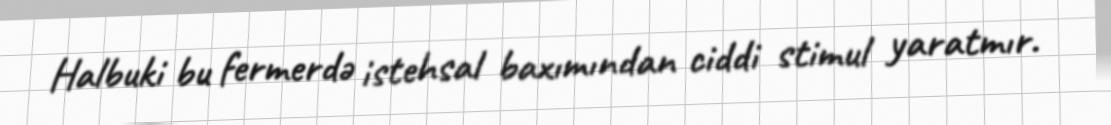
Halbuki bu fermerdə istehsal baxımından ciddi stimul yaratmır.